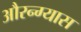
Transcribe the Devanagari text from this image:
औरन्ग्यास